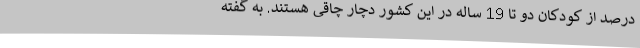
درصد از کودکان دو تا 19 ساله در این کشور دچار چاقی هستند. به گفته